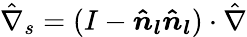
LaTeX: \hat{\nabla}_{s}=(I-\boldsymbol{\hat{n}_{l}}\boldsymbol{\hat{n}_{l}})\cdot\hat{\nabla}